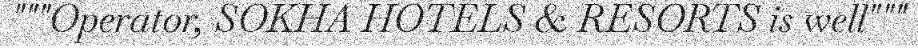
"""Operator, SOKHA HOTELS & RESORTS is well"""